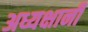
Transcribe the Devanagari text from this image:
अध्यक्षानी